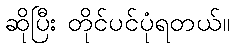
ဆိုပြီး တိုင်ပင်ပုံရတယ်။